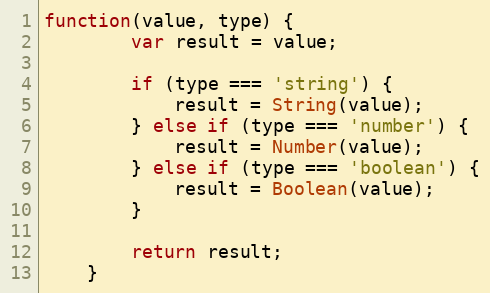
Language: JavaScript
function(value, type) {
        var result = value;

        if (type === 'string') {
            result = String(value);
        } else if (type === 'number') {
            result = Number(value);
        } else if (type === 'boolean') {
            result = Boolean(value);
        }

        return result;
    }